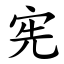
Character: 宪